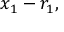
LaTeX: x _ { 1 } - r _ { 1 } ,